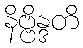
နိဗ္ဗိန္ဒတိ